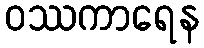
ဝဿကာရေန